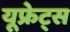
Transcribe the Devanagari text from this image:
यूफ्रेट्स